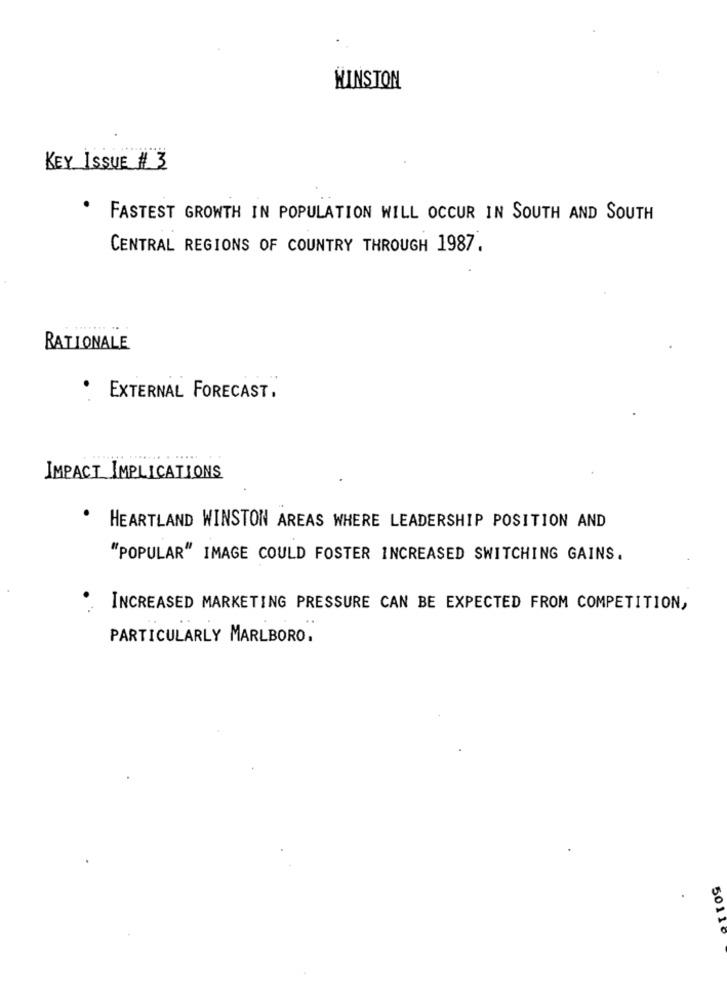
KINSTON
KEY ISSUE # 3
FASTEST GROWTH IN POPULATION WILL OCCUR IN SOUTH AND SOUTH
CENTRAL REGIONS OF COUNTRY THROUGH 1987.
RATIONALE
. EXTERNAL FORECAST,
.....
IMPACT IMPLICATIONS
HEARTLAND WINSTON AREAS WHERE LEADERSHIP POSITION AND
"POPULAR" IMAGE COULD FOSTER INCREASED SWITCHING GAINS.
INCREASED MARKETING PRESSURE CAN BE EXPECTED FROM COMPETITION,
PARTICULARLY MARLBORO,
50110